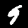
Label: 9